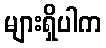
များရှိပါက